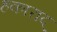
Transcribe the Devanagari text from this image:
हकाराद्